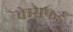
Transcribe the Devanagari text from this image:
चेम्सफर्ड